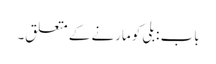
باب : بلی کو مارنے کے متعلق۔